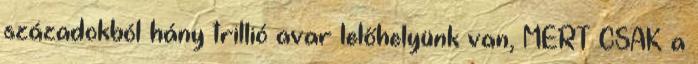
századokból hány trillió avar lelőhelyünk van, MERT CSAK a